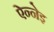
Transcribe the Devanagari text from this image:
ऐन्नेइ